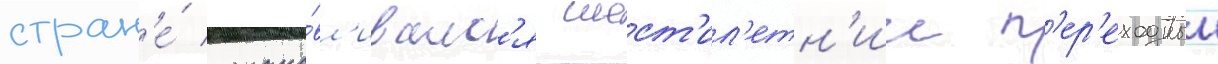
стран'е́ устана́вл'ивалс'я шест'ил'етн'ии п'ер'еходныи